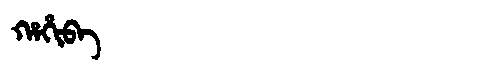
Manchu: ᡥᠠᡥᡳᠪᠠ
Romanization: HAHIBA